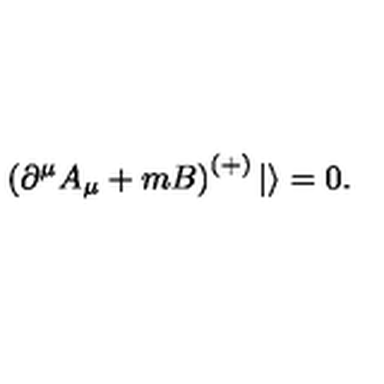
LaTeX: \left( \partial ^ { \mu } A _ { \mu } + m B \right) ^ { ( + ) } | \rangle = 0 .